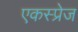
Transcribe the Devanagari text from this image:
एकस्प्रेज